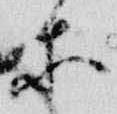
等